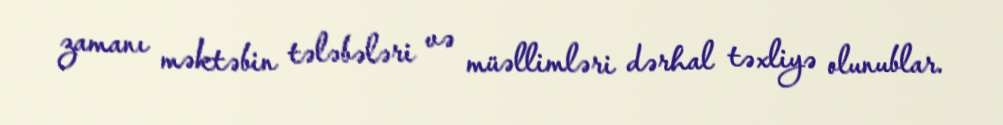
zamanı məktəbin tələbələri və müəllimləri dərhal təxliyə olunublar.